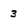
Character: 3